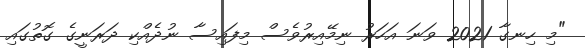
"މި ހިނގާ 2021 ވަނަ އަހަރު ނިމޭއިރުވެސް މިފައިސާ ނުދެއްކި ދަރަނީގެ ގޮތުގައި